Plague in India, 1896, 1897 - Volume 3
Year: 1896
Disease focus: Plague
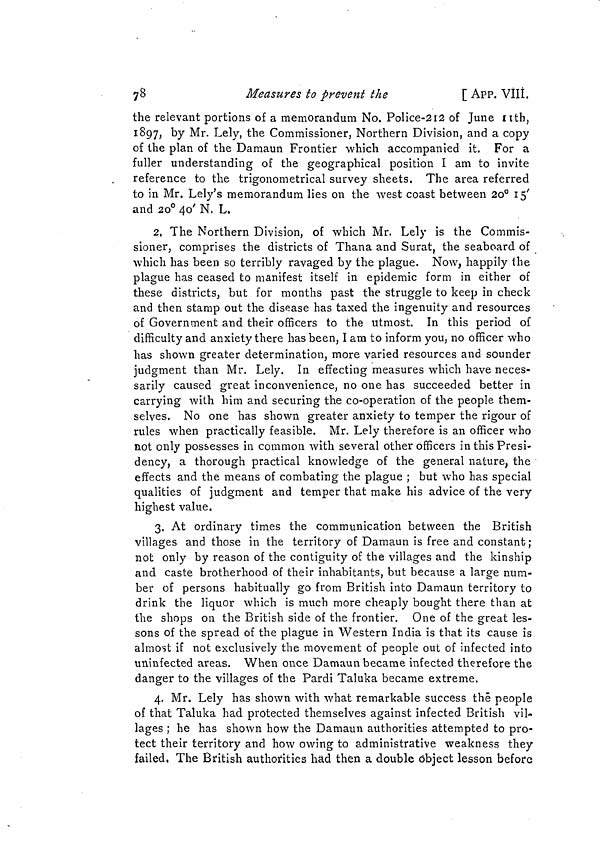
7 8
Measures to prevent the
[ APP. VIII..
the relevant portions of a memorandum No. Police-212 of June nth,
1897, by Mr. Lely, the Commissioner, Northern Division, and a copy
of the plan of the Damaun Frontier which accompanied it. For a
fuller understanding of the geographical position I am to invite
reference to the trigonometrical survey sheets. The area referred
to in Mr. Lely's memorandum lies on the west coast between 20° 15'
and 20° 40' N. L.
2. The Northern Division, of which Mr. Lely is the Commis-
sioner, comprises the districts of Thana and Surat, the seaboard of
which has been so terribly ravaged by the plague. Now, happily the
plague has ceased to manifest itself in epidemic form in either of
these districts, but for months past the struggle to keep in check
and then stamp out the disease has taxed the ingenuity and resources
of Government and their officers to the utmost. In this period of
difficulty and anxiety there has been, I am to inform you, no officer who
has shown greater determination, more varied resources and sounder
judgment than Mr. Lely. In effecting measures which have neces-
sarily caused great inconvenience, no one has succeeded better in
carrying with him and securing the co-operation of the people them-
selves. No one has shown greater anxiety to temper the rigour of
rules when practically feasible. Mr. Lely therefore is an officer who
not only possesses in common with several other officers in this Presi-
dency, a thorough practical knowledge of the general nature, the
effects and the means of combating the plague ; but who has special
qualities of judgment and temper that make his advice of the very
highest value.
3. At ordinary times the communication between the British
villages and those in the territory of Damaun is free and constant ;
not only by reason of the contiguity of the villages and the kinship
and caste brotherhood of their inhabitants, but because a large num-
ber of persons habitually go from British into Damaun territory to
drink the liquor which is much more cheaply bought there than at
the shops on the British side of the frontier. One of the great les-
sons of the spread of the plague in Western India is that its cause is
almost if not exclusively the movement of people out of infected into
uninfected areas. When once Damaun became infected therefore the
danger to the villages of the Pardi Taluka became extreme.
4. Mr. Lely has shown with what remarkable success thë people
of that Taluka had protected themselves against infected British vil-
lages ; he has shown how the Damaun authorities attempted to pro-
tect their territory and how owing to administrative weakness they
failed, The British authorities had then a double object lesson before